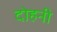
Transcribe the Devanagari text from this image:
दोहनी